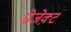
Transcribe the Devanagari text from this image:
प्रोजेक़्ट